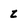
Character: Z